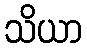
သိယာ